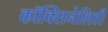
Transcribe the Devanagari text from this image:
कॉक्सिनेलिडी